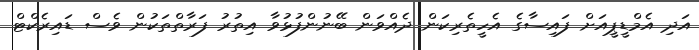
އަދި އެމްޑީޕީއަށް ފައިސާގެ އެހީތެރިކަން ދެއްވަން ބޭނުންފުޅުވާ އިތުރު ފަރާތްތަކުން ވެސް ޑައިރެކްޓް